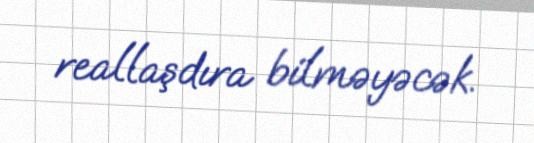
reallaşdıra bilməyəcək.